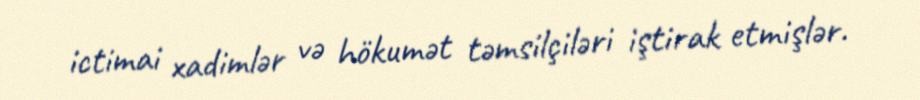
ictimai xadimlər və hökumət təmsilçiləri iştirak etmişlər.